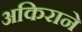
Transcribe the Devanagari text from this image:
अकिराने